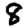
Digit: 8